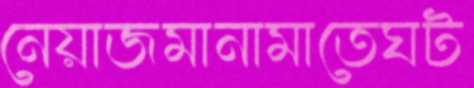
নেয়াজমানামাতেঘট